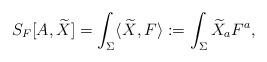
LaTeX: \begin{align*}S_F[A,\widetilde{X}]=\int_\Sigma \langle\widetilde{X},F\rangle:=\int_\Sigma \widetilde{X}_aF^a,\end{align*}